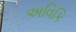
અવિકિ